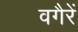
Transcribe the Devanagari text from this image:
वगैरें